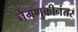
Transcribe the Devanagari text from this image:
नेमणुकीनंतर